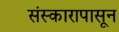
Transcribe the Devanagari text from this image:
संस्कारापासून